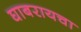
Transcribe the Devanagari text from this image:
घाबरायचा